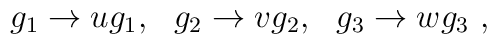
g_1\rightarrow ug_1,~~g_2\rightarrow vg_2,~~g_3\rightarrow wg_3 \ ,